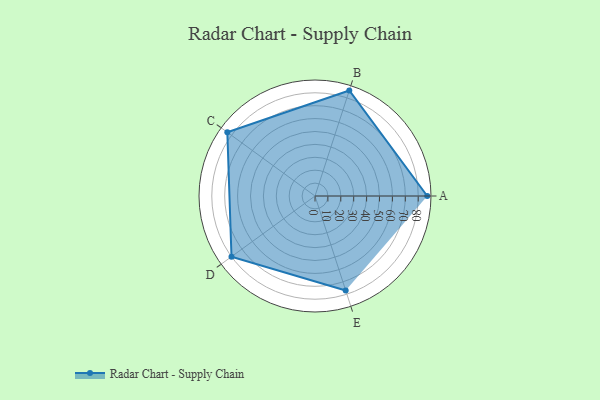
{"axis": {"x": "Skill", "y": "Score"}, "legend": ["Profile"], "data": [{"x": "A", "y": 87.0, "type": "Profile"}, {"x": "B", "y": 86.0, "type": "Profile"}, {"x": "C", "y": 84.0, "type": "Profile"}, {"x": "D", "y": 80.0, "type": "Profile"}, {"x": "E", "y": 77.0, "type": "Profile"}]}